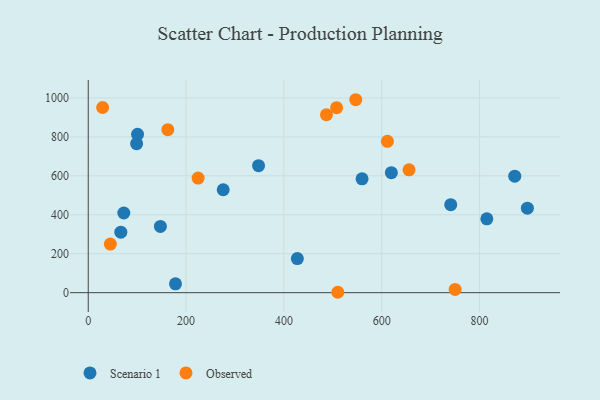
{"axis": {"x": "Study Hours", "y": "Demand"}, "legend": ["Observed", "Scenario 1"], "data": [{"x": "619.7", "y": 616.0, "type": "Scenario 1"}, {"x": "100.8", "y": 813.3, "type": "Scenario 1"}, {"x": "98.9", "y": 764.8, "type": "Scenario 1"}, {"x": "147.5", "y": 340.1, "type": "Scenario 1"}, {"x": "741.1", "y": 451.9, "type": "Scenario 1"}, {"x": "427.5", "y": 175.3, "type": "Scenario 1"}, {"x": "897.8", "y": 433.7, "type": "Scenario 1"}, {"x": "559.8", "y": 584.7, "type": "Scenario 1"}, {"x": "66.6", "y": 310.8, "type": "Scenario 1"}, {"x": "814.9", "y": 379.4, "type": "Scenario 1"}, {"x": "872.0", "y": 598.1, "type": "Scenario 1"}, {"x": "275.9", "y": 528.6, "type": "Scenario 1"}, {"x": "178.4", "y": 45.7, "type": "Scenario 1"}, {"x": "72.7", "y": 409.1, "type": "Scenario 1"}, {"x": "348.2", "y": 652.3, "type": "Scenario 1"}, {"x": "29.4", "y": 950.7, "type": "Observed"}, {"x": "45.2", "y": 249.5, "type": "Observed"}, {"x": "750.1", "y": 16.9, "type": "Observed"}, {"x": "510.2", "y": 2.1, "type": "Observed"}, {"x": "507.8", "y": 950.1, "type": "Observed"}, {"x": "224.6", "y": 588.4, "type": "Observed"}, {"x": "487.0", "y": 913.6, "type": "Observed"}, {"x": "546.9", "y": 990.7, "type": "Observed"}, {"x": "162.7", "y": 837.1, "type": "Observed"}, {"x": "655.8", "y": 631.0, "type": "Observed"}, {"x": "611.6", "y": 777.3, "type": "Observed"}]}